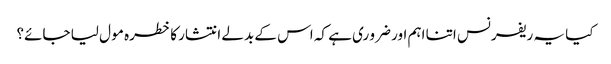
کیا یہ ریفرنس اتنا اہم اور ضرو ری ہے کہ اس کے بدلے انتشار کا خطرہ مو ل لیا جائے؟